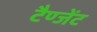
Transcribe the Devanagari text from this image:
टैण्जेंट